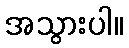
အသွားပါ။